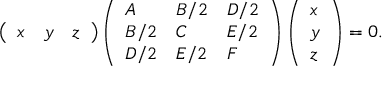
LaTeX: \left( { \begin{array} { l l l } { x } & { y } & { z } \end{array} } \right) \left( { \begin{array} { l l l } { A } & { B / 2 } & { D / 2 } \\ { B / 2 } & { C } & { E / 2 } \\ { D / 2 } & { E / 2 } & { F } \end{array} } \right) \left( { \begin{array} { l } { x } \\ { y } \\ { z } \end{array} } \right) = 0 .